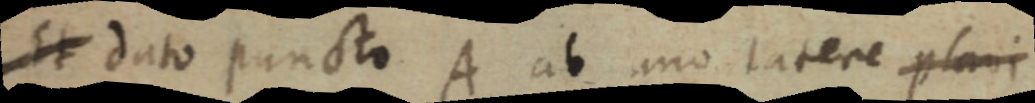
Et dato puncto A ab uno latere plani